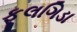
ફૂલગિડા